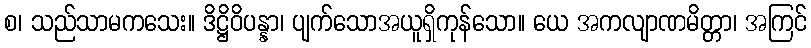
စ၊ သည်သာမကသေး။ ဒိဋ္ဌိဝိပန္နာ၊ ပျက်သောအယူရှိကုန်သော။ ယေ အကလျာဏမိတ္တာ၊ အကြင်